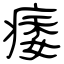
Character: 痿